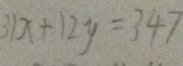
3 1 x + 1 2 y = 3 4 7